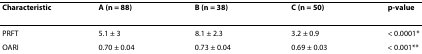
<table><thead><tr><td><b>Characteristic</b></td><td><b>A (n = 88)</b></td><td><b>B (n = 38)</b></td><td><b>C (n = 50)</b></td><td><b>p-value</b></td></tr></thead><tbody><tr><td>PRFT</td><td>5.1 ± 3</td><td>8.1 ± 2.3</td><td>3.2 ± 0.9</td><td>&lt; 0.0001*</td></tr><tr><td>OARI</td><td>0.70 ± 0.04</td><td>0.73 ± 0.04</td><td>0.69 ± 0.03</td><td>&lt; 0.001**</td></tr></tbody></table>